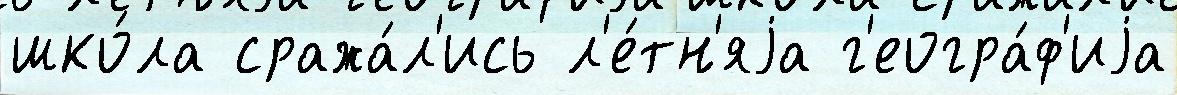
шко́ла сража́л'ись л'е́тн'яjа г'еогра́ф'иjа